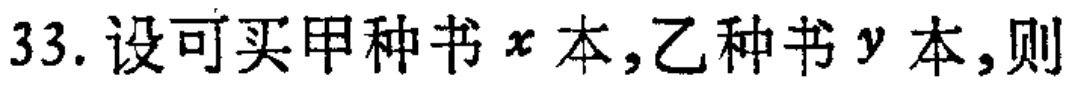
33. 设可买甲种书\(x\)本,乙种书\(y\)本,则